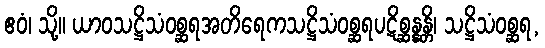
ဧဝံ၊ သို့။ ယာဝသဋ္ဌိသံဝစ္ဆရအတိရေကသဋ္ဌိသံဝစ္ဆရပဋိစ္ဆန္နန္တိ၊ သဋ္ဌိသံဝစ္ဆရ,